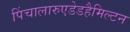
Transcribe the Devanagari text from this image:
पिंचालारुएडेडहैमिल्टन